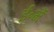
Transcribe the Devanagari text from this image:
ई॰में